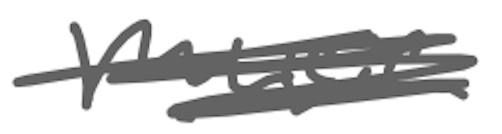
Text: music
Cross-out: scratch
Writing tool: digital_gray